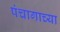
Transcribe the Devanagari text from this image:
पंचागाच्या